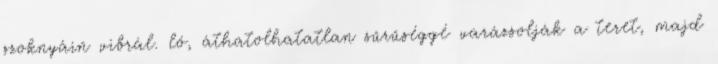
szoknyáin vibrál. ló, áthatolhatatlan sűrűséggé varázsolják a teret, majd